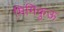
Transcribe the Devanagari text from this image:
मिमिकुऊ